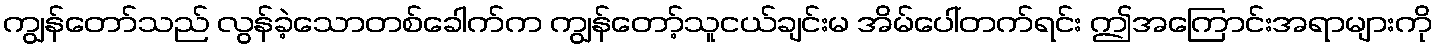
ကျွန်တော်သည် လွန်ခဲ့သောတစ်ခေါက်က ကျွန်တော့်သူငယ်ချင်းမ အိမ်ပေါ်တက်ရင်း ဤအကြောင်းအရာများကို